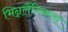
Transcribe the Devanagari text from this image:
भिन्नलैंगिकता